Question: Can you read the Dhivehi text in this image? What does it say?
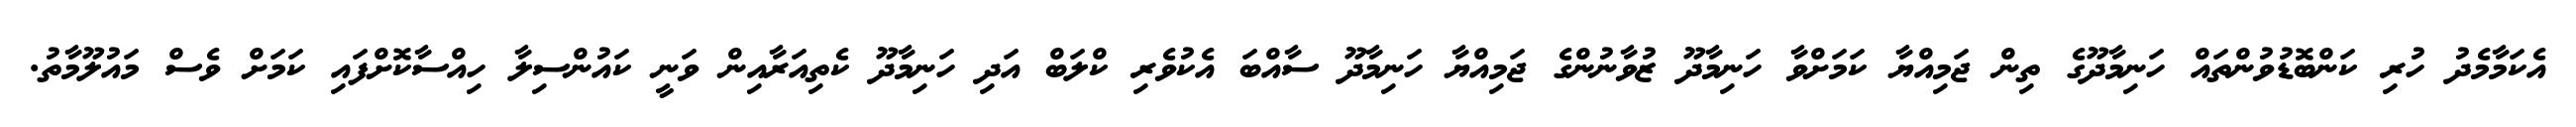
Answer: އެކަމާމެދު ހުރި ކަންބޮޑުވުންތައް ހަނިމާދޫގެ ތިން ޖަމިއްޔާ ކަމަށްވާ ހަނިމާދޫ ޒުވާނުންގެ ޖަމިއްޔާ ހަނިމާދޫ ސާއްބަ އެކުވެރި ކްލަބް އަދި ހަނިމާދޫ ކެތިއަރާއިން ވަނީ ކައުންސިލާ ހިއްސާކޮށްފައި ކަމަށް ވެސް މައުލޫމާތު.